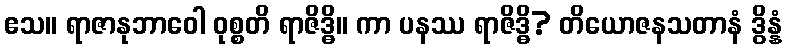
ဧသ။ ရာဇာနုဘာဝေါ ဝုစ္စတိ ရာဇိဒ္ဓိ။ ကာ ပနဿ ရာဇိဒ္ဓိ? တိယောဇနသတာနံ ဒွိန္နံ